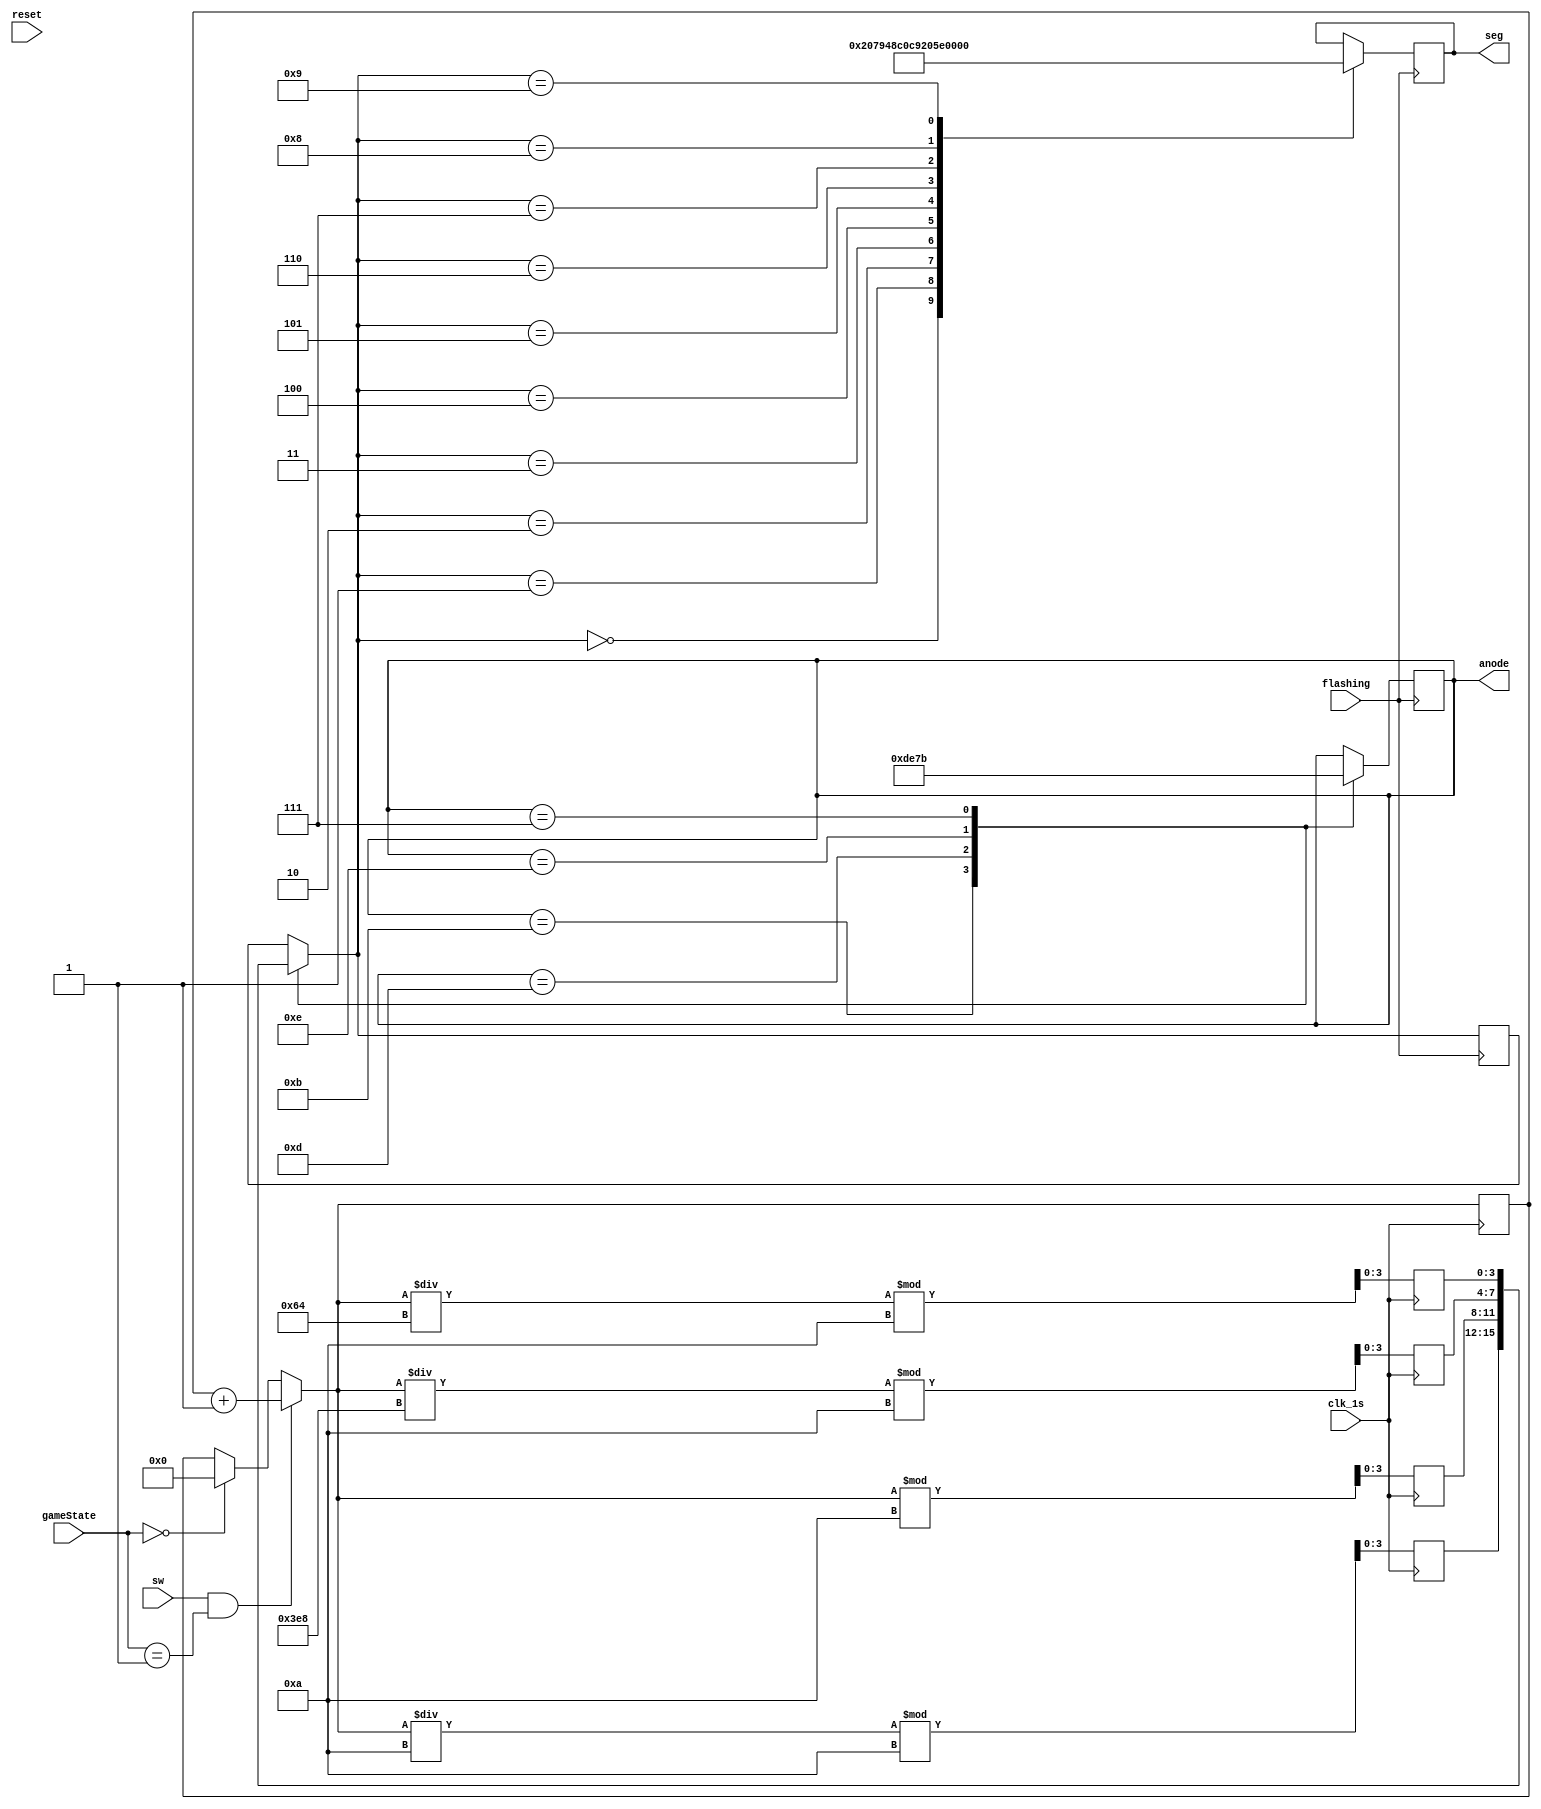
`timescale 1ns / 1ps
//////////////////////////////////////////////////////////////////////////////////
// Company: 
// Engineer: 
// 
// Design Name: 
// Module Name: scoreBoard
// Project Name: 
// Target Devices: 
// Tool Versions: 
// Description: 
// 
// Dependencies: 
// 
// Revision:
// Revision 0.01 - File Created
// Additional Comments:
// 
//////////////////////////////////////////////////////////////////////////////////


module scoreBoard(
    input reset,
    input sw,
    output reg [3:0] anode = 4'b1110,
    output reg [6:0] seg,
    input clk_1s, flashing,
    input [1:0] gameState
    );
    reg [8:0] score = 0;
    reg [3:0] counter1, counter2, counter3, counter4, currentCounter;
    
    always @(posedge clk_1s)begin
        if(sw && gameState == 2'b01)
            score = score + 1;
        else if(gameState == 2'b00)
            score = 0;
        counter1 = score % 10;
        counter2 = (score / 10) % 10;
        counter3 = (score / 100) % 10;
        counter4 = (score / 1000) % 10;
    end
    
    always @(posedge flashing)begin
        case(anode)
            4'b1011: begin
                        anode = 4'b1101;
                        currentCounter = counter2;
                     end
            4'b1101: begin
                        anode = 4'b1110;
                        currentCounter = counter1;
                     end
            4'b1110: begin
                        anode = 4'b0111;
                        currentCounter = counter4;
                     end
            4'b0111: begin
                        anode = 4'b1011;
                        currentCounter = counter3;
                     end      
        endcase
        case(currentCounter)
            0: seg = 7'b1000000;
            1: seg = 7'b1111001;
            2: seg = 7'b0100100;
            3: seg = 7'b0110000;
            4: seg = 7'b0011001;
            5: seg = 7'b0010010;
            6: seg = 7'b0000010;
            7: seg = 7'b1111000;
            8: seg = 7'b0000000;
            9: seg = 7'b0010000;        
        endcase
    end
endmodule